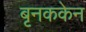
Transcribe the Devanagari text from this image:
बृनककेन